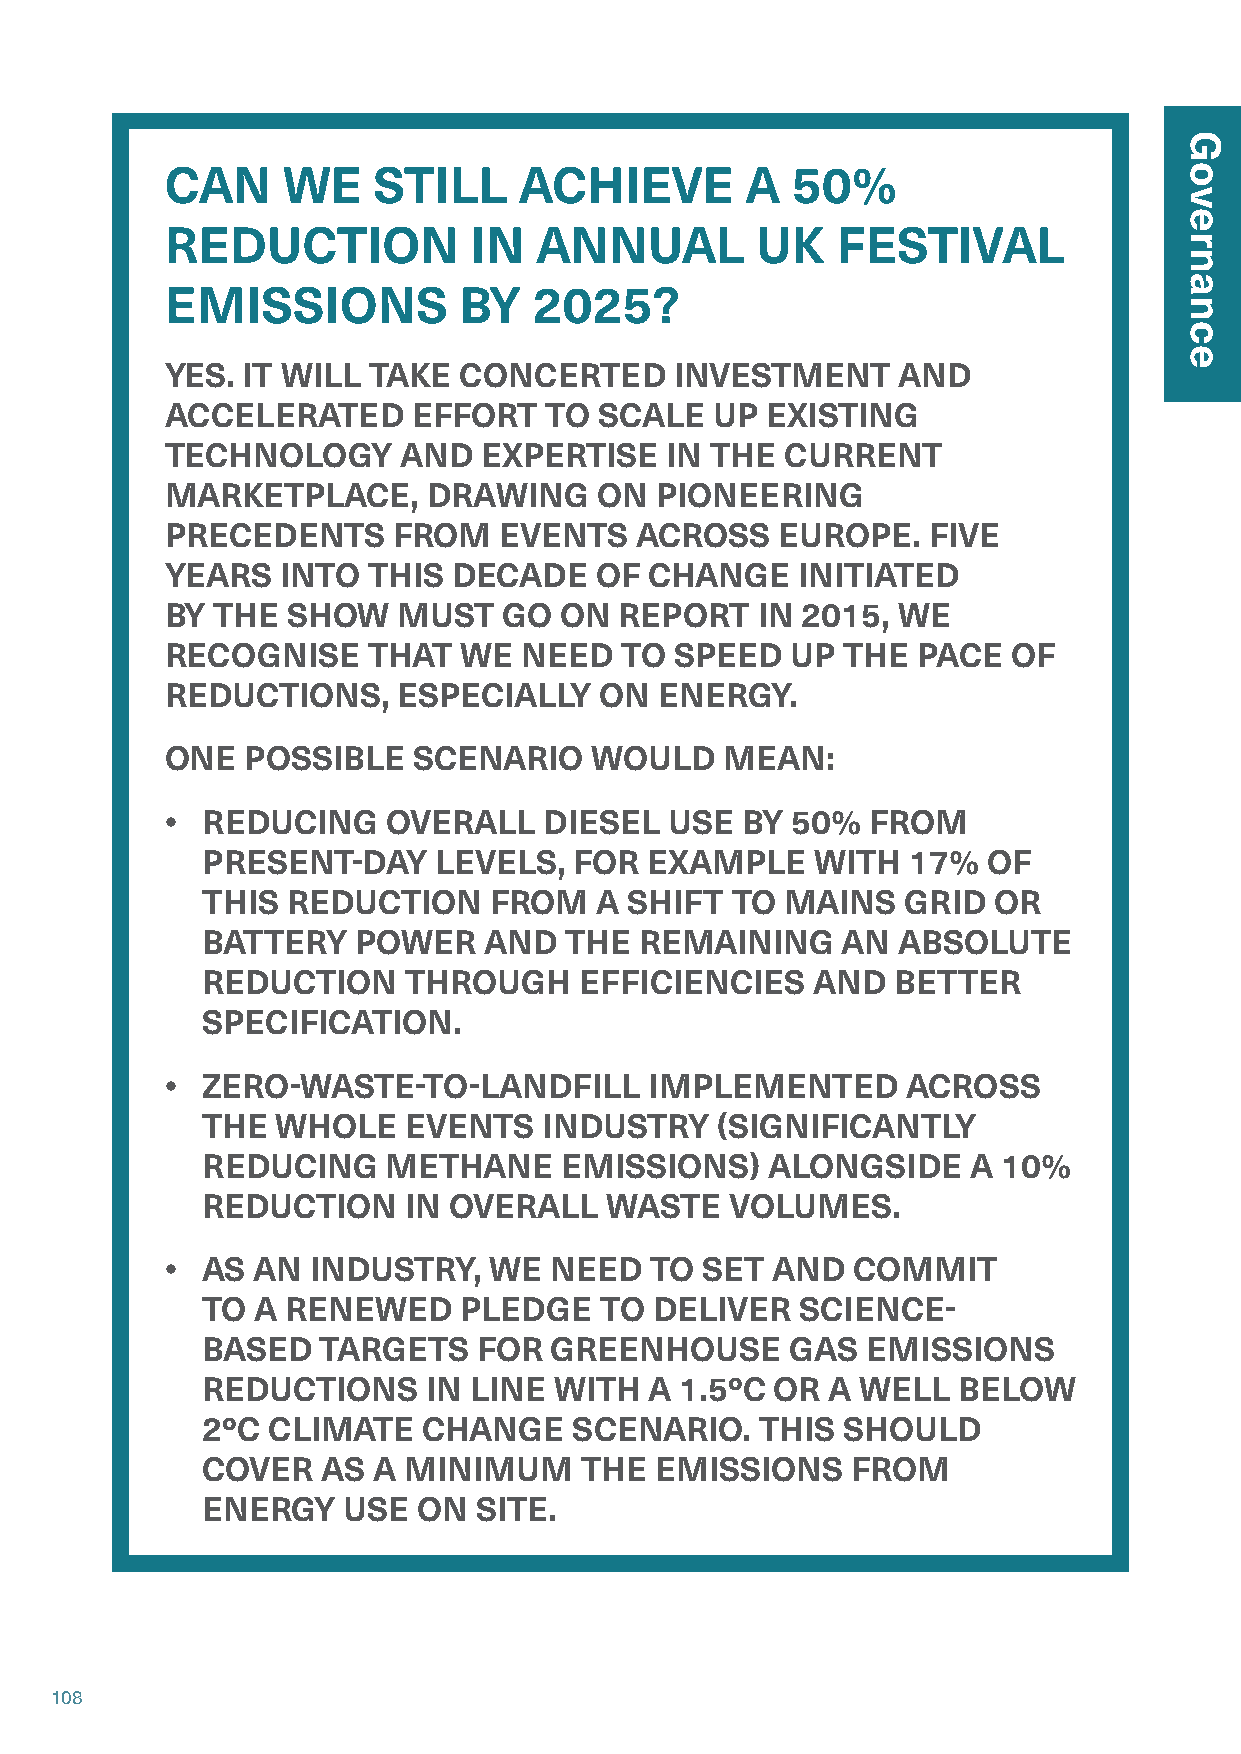
CAN     WE    STILL    ACHIEVE        A  50%
 REDUCTION           IN  ANNUAL         UK   FESTIVAL
 EMISSIONS          BY   2025?
 YES. IT WILL TAKE  CONCERTED      INVESTMENT    AND
 ACCELERATED     EFFORT   TO  SCALE  UP  EXISTING
 TECHNOLOGY     AND   EXPERTISE   IN THE  CURRENT
 MARKETPLACE,     DRAWING     ON PIONEERING
 PRECEDENTS     FROM   EVENTS   ACROSS    EUROPE.  FIVE
 YEARS   INTO THIS  DECADE   OF  CHANGE    INITIATED
 BY THE  SHOW   MUST   GO  ON  REPORT   IN 2015, WE
 RECOGNISE    THAT  WE  NEED   TO  SPEED  UP  THE  PACE  OF
 REDUCTIONS,    ESPECIALLY    ON  ENERGY.
 ONE  POSSIBLE   SCENARIO    WOULD    MEAN:
 • REDUCING     OVERALL   DIESEL  USE  BY 50%  FROM
 PRESENT-DAY     LEVELS,  FOR  EXAMPLE    WITH  17%  OF
 THIS  REDUCTION    FROM   A  SHIFT TO  MAINS   GRID  OR
 BATTERY    POWER   AND  THE  REMAINING     AN ABSOLUTE
 REDUCTION     THROUGH    EFFICIENCIES    AND  BETTER
 SPECIFICATION.
 • ZERO-WASTE-TO-LANDFILL        IMPLEMENTED      ACROSS
 THE  WHOLE    EVENTS   INDUSTRY   (SIGNIFICANTLY
 REDUCING     METHANE    EMISSIONS)    ALONGSIDE    A 10%
 REDUCTION     IN OVERALL   WASTE   VOLUMES.
 • AS  AN  INDUSTRY,  WE  NEED   TO  SET AND  COMMIT
 TO  A RENEWED    PLEDGE    TO DELIVER   SCIENCE-
 BASED   TARGETS    FOR GREENHOUSE      GAS  EMISSIONS
 REDUCTIONS     IN LINE  WITH  A 1.5ºC OR  A WELL  BELOW
 2ºC  CLIMATE   CHANGE    SCENARIO.   THIS  SHOULD
 COVER   AS  A MINIMUM    THE  EMISSIONS    FROM
 ENERGY    USE  ON  SITE.
 108
 Governance